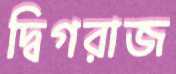
দ্বিগরাজ